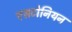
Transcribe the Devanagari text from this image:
एसटोनियन